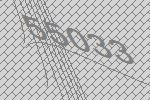
55033